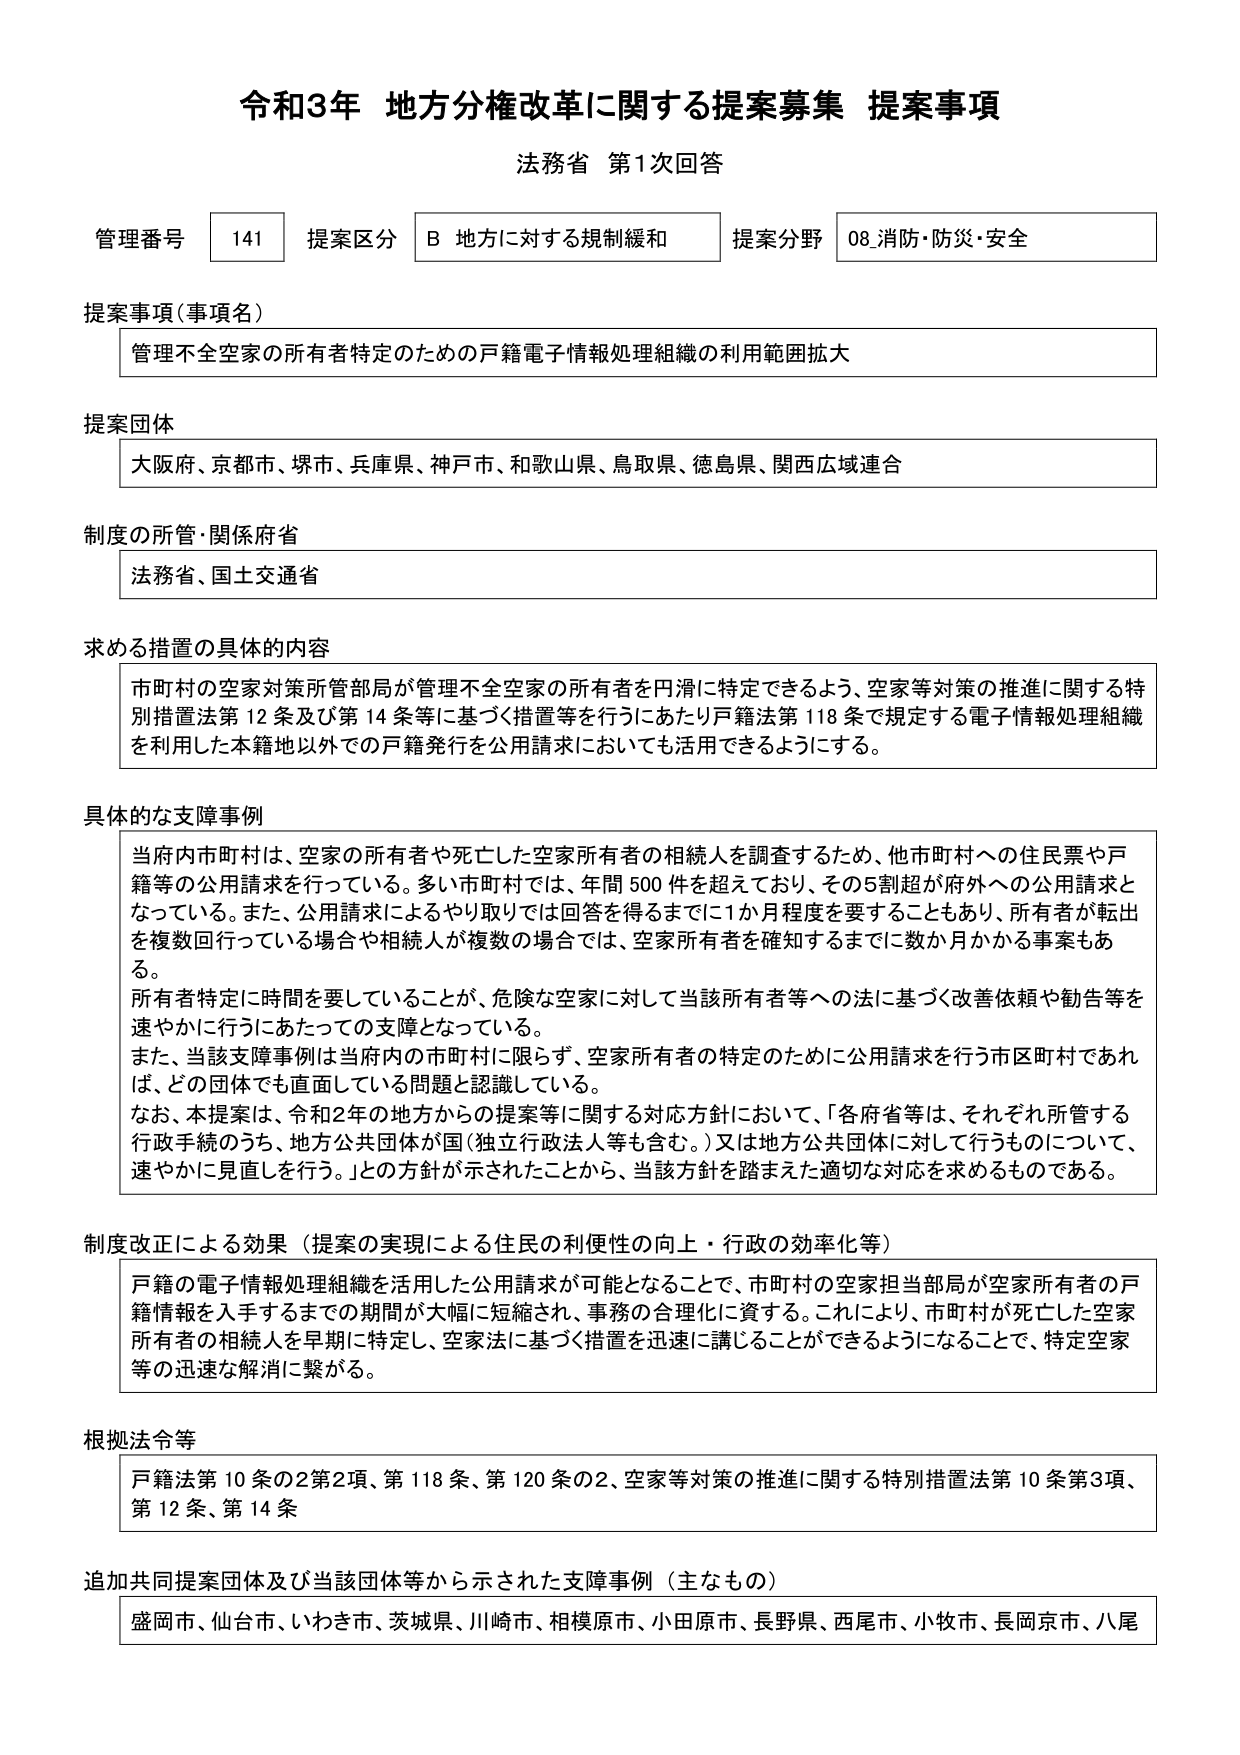
令和3年 地方分権改革に関する提案募集 提案事項
法務省 第1次回答

管理番号 141 提案区分 B 地方に対する規制緩和 提案分野 08.消防・防災・安全

提案事項（事項名）
管理不全空家の所有者特定のための戸籍電子情報処理組織の利用範囲拡大

提案団体
大阪府、京都市、堺市、兵庫県、神戸市、和歌山県、鳥取県、徳島県、関西広域連合

制度の所管・関係府省
法務省、国土交通省

求める措置の具体的内容
市町村の空家対策所管部局が管理不全空家の所有者を円滑に特定できるよう、空家等対策の推進に関する特別措置法第12条及び第14条等に基づく措置等を行うにあたり戸籍法第118条で規定する電子情報処理組織を利用した本籍地以外での戸籍発行を公用請求においても活用できるようにする。

具体的な支障事例
当府内市町村は、空家の所有者や死亡した空家所有者の相続人を調査するため、他市町村への住民票や戸籍等の公用請求を行っている。多い市町村では、年間500件を超えており、その5割超が府外への公用請求となっている。また、公用請求によるやり取りでは回答を得るまでに1か月程度を要することもあり、所有者が転出を複数回行っている場合や相続人が複数の場合では、空家所有者を確知するまでに数か月かかる事案もある。
所有者特定に時間を要していることが、危険な空家に対して当該所有者等への法に基づく改善依頼や勧告等を速やかに行うにあたっての支障となっている。
また、当該支障事例は当府内の市町村に限らず、空家所有者の特定のために公用請求を行う市区町村であれば、どの団体でも直面している問題と認識している。
なお、本提案は、令和2年の地方からの提案等に関する対応方針において、「各府省等は、それぞれ所管する行政手続のうち、地方公共団体が国（独立行政法人等も含む。）又は地方公共団体に対して行うものについて、速やかに見直しを行う。」との方針が示されたことから、当該方針を踏まえた適切な対応を求めるものである。

制度改正による効果（提案の実現による住民の利便性の向上・行政の効率化等）
戸籍の電子情報処理組織を活用した公用請求が可能となることで、市町村の空家担当部局が空家所有者の戸籍情報を入手するまでの期間が大幅に短縮され、事務の合理化に資する。これにより、市町村が死亡した空家所有者の相続人を早期に特定し、空家法に基づく措置を迅速に講じることができるようにすることで、特定空家等の迅速な解消に繋がる。

根拠法令等
戸籍法第10条の2第2項、第118条、第120条の2、空家等対策の推進に関する特別措置法第10条第3項、第12条、第14条

追加共同提案団体及び当該団体等から示された支障事例（主なもの）
盛岡市、仙台市、いわき市、茨城県、川崎市、相模原市、小田原市、長野県、西尾市、小牧市、長岡京市、八尾